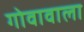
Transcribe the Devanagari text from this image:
गोवावाला